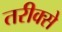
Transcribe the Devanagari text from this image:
तरीक्से